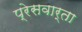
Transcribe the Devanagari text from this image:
प्रेसवार्ता